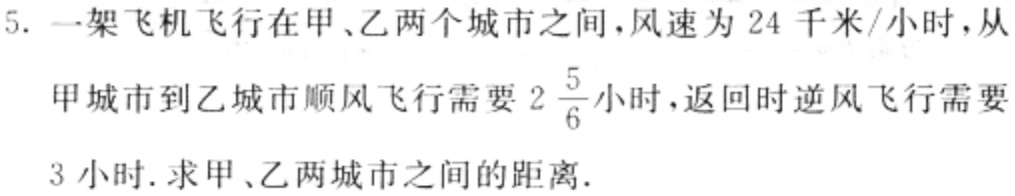
5. 一架飞机飞行在甲、乙两个城市之间，风速为 24 千米/小时，从甲城市到乙城市顺风飞行需要 \(2\frac{5}{6}\)小时，返回时逆风飞行需要 3 小时. 求甲、乙两城市之间的距离.